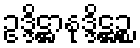
ဥဒ္ဒိဋ္ဌာနုဒ္ဒိဋ္ဌဉ္စ